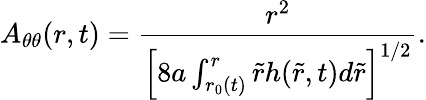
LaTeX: A_{\theta\theta}(r,t)=\frac{r^{2}}{\left[8a\int_{r_{0}(t)}^{r}\tilde{r}h(\tilde{r},t)d\tilde{r}\right]^{1/2}}.